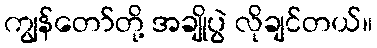
ကျွန်တော်တို့ အချိုပွဲ လိုချင်တယ်။